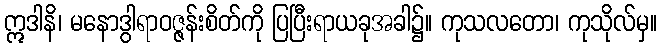
ဣဒါနိ၊ မနောဒွါရာဝဇ္ဇန်းစိတ်ကို ပြပြီးရာယခုအခါ၌။ ကုသလတော၊ ကုသိုလ်မှ။